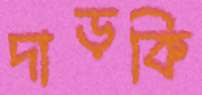
দাড়কি